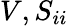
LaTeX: V,S_{ii}